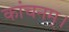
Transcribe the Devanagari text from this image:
कांचनम्।